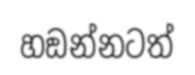
හඞන්නටත්